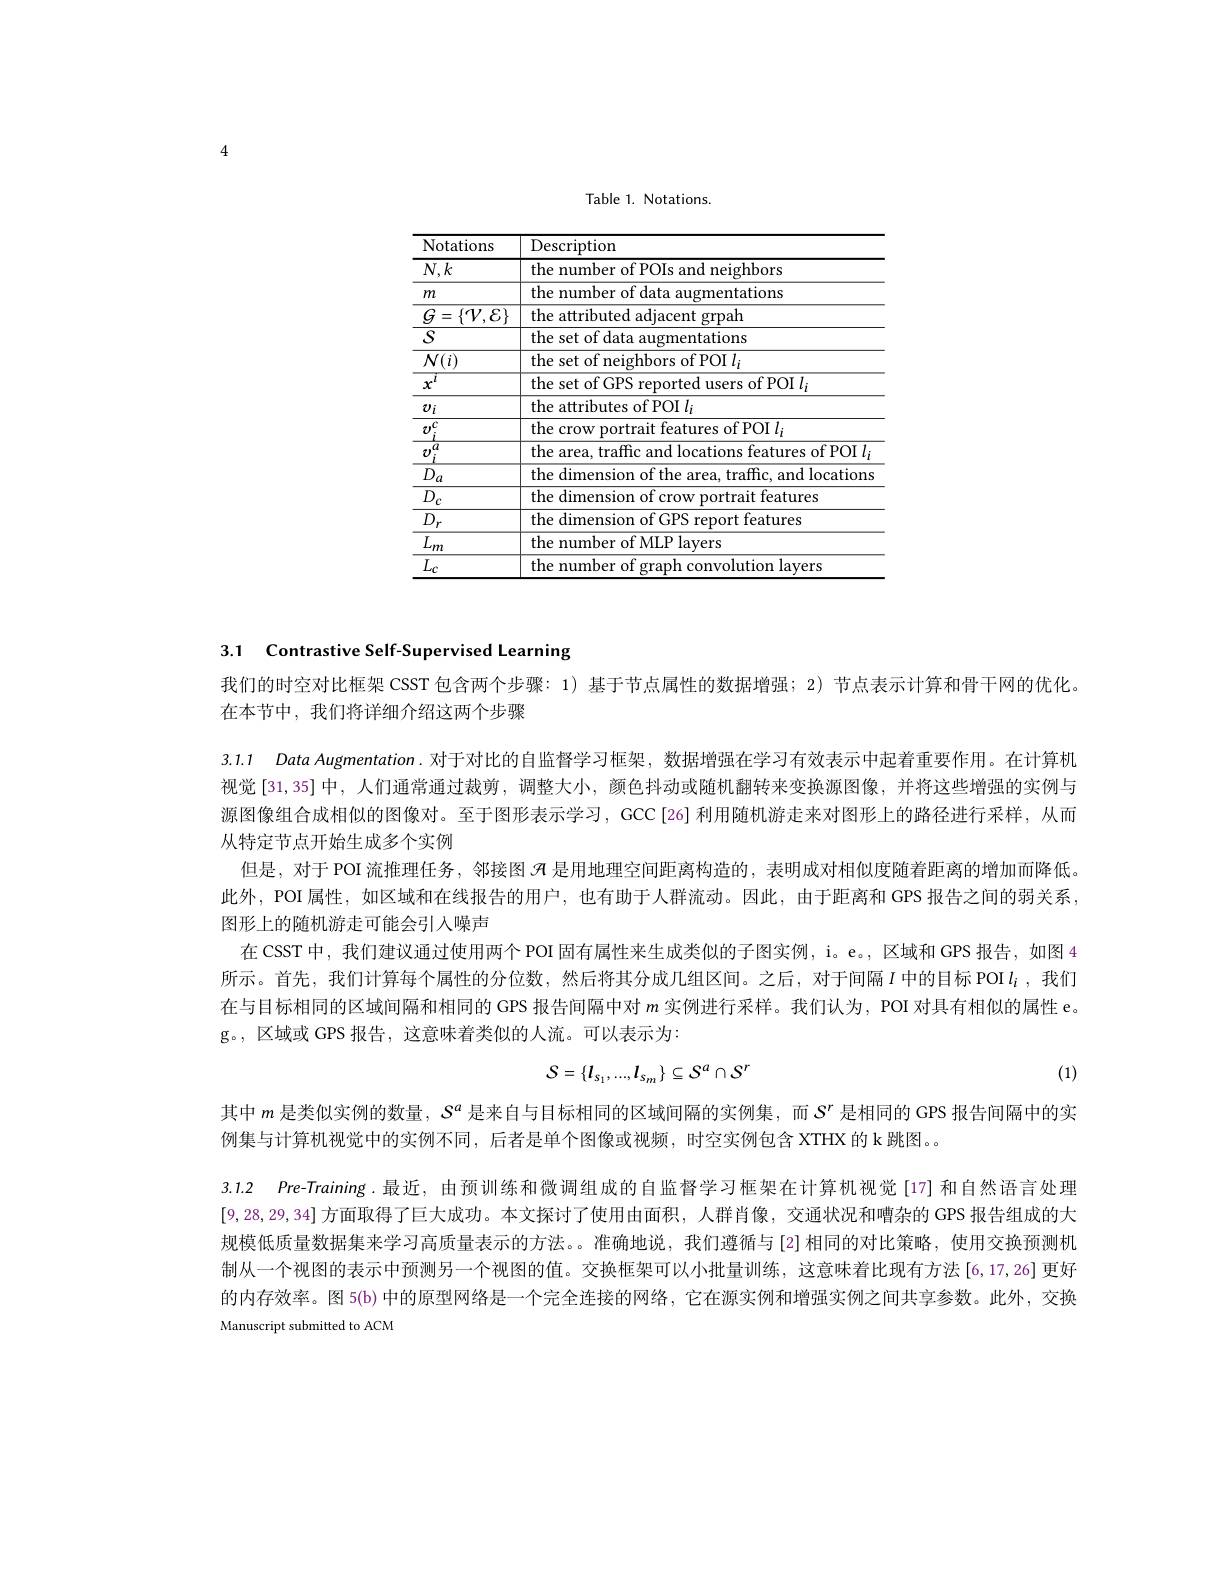
Table 1. Notations.

<table>
	<tbody>
		<tr>
			<th>Notations</th>
			<th>Description</th>
		</tr>
		<tr>
			<td>$N,k$</td>
			<td>the number of POIs and neighbors</td>
		</tr>
		<tr>
			<td>$m$</td>
			<td>the number of data augmentations</td>
		</tr>
		<tr>
			<td>$\overline{G=\{\mathcal{V},\mathcal{E}\}}$ </td>
			<td>rrpah the</td>
		</tr>
		<tr>
			<td>$S$</td>
			<td>the SP rentations</td>
		</tr>
		<tr>
			<td>$\mathcal{N}(i)$</td>
			<td>the set $\operatorname{of}$POI$l_n$</td>
		</tr>
		<tr>
			<td>$x$</td>
			<td>the set of GPS reported users of POI $l_i$</td>
		</tr>
		<tr>
			<td>$v_{i}$</td>
			<td>of POI $l_i$ the att</td>
		</tr>
		<tr>
			<td>AIV</td>
			<td>the crow portrait features of POI $l_{i}$</td>
		</tr>
		<tr>
			<td>C ${\boldsymbol{U}}$</td>
			<td>the area, traffic and locations features of POI $l_i$</td>
		</tr>
		<tr>
			<td>$D_{a}$</td>
			<td>the dimension of the area, traffic, and locations</td>
		</tr>
		<tr>
			<td>$\overline{D_{c}}$</td>
			<td>the 2 dur features</td>
		</tr>
		<tr>
			<td>$D_{r}$</td>
			<td>the dimension of GPS report features</td>
		</tr>
		<tr>
			<td>$\overline{L_m}$</td>
			<td>the number of MLP layers</td>
		</tr>
		<tr>
			<td>$\overline{L_{c}}$</td>
			<td>the $\boldsymbol{\sigma ra}$ avero</td>
		</tr>
	</tbody>
</table>

## 3.1 Contrastive Self-Supervised Learning

我们的时空对比框架 CSST 包含两个步骤：1)基于节点属性的数据增强；2) 节点表示计算和骨干网的优化。
在本节中，我们将详细介绍这两个步骤

3.1.1 Data Augmentation.对于对比的自监督学习框架，数据增强在学习有效表示中起着重要作用。在计算机视觉 [31,35] 中，人们通常通过裁剪 , 调整大小，颜色抖动或随机翻转来变换源图像，并将这些增强的实例与源图像组合成相似的图像对。至于图形表示学习，GCC[26] 利用随机游走来对图形上的路径进行采样，从而从特定节点开始生成多个实例
但是，对于 POI 流推理任务，邻接图$\mathscr{A}$是用地理空间距离构造的 , 表明成对相似度随着距离的增加而降低。此外，POI 属性，如区域和在线报告的用户，也有助于人群流动。因此，由于距离和GPS 报告之间的弱关系， 图形上的随机游走可能会引入噪声
在 CSST 中，我们建议通过使用两个 POI 固有属性来生成类似的子图实例，i。e。, 区域和 GPS 报告，如图 4所示。首先，我们计算每个属性的分位数，然后将其分成几组区间。之后，对于间隔$I$ 中的目标 POI$l_i$ ,我们在与目标相同的区域间隔和相同的 GPS 报告间隔中对$m$实例进行采样。我们认为，POI 对具有相似的属性 e。g。,区域或 GPS 报告，这意味着类似的人流。可以表示为：
$$S=\{l_{s_{1}},...,l_{s_{m}}\}\subseteq S^{a}\cap S^{r}$$
(1)

3.1.2 Pre-Training.最近，由预训练和微调组成的自监督学习框架在计算机视觉[17]和自然语言处理

其中$m$是类似实例的数量，$S^a$是来自与目标相同的区域间隔的实例集，而$S^r$是相同的 GPS 报告间隔中的实
例集与计算机视觉中的实例不同，后者是单个图像或视频，时空实例包含 XTHX 的 k 跳图。。
[9,28,29,34]方面取得了巨大成功。本文探讨了使用由面积，人群肖像，交通状况和嘈杂的 GPS 报告组成的大规模低质量数据集来学习高质量表示的方法。。准确地说，我们遵循与[2]相同的对比策略，使用交换预测机制从一个视图的表示中预测另一个视图的值。交换框架可以小批量训练，这意味着比现有方法[6,17,26] 更好的内存效率。图 5(b) 中的原型网络是一个完全连接的网络，它在源实例和增强实例之间共享参数。此外，交换Manuscript submitted to ACM